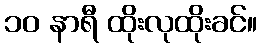
၁၀ နာရီ ထိုးလုထိုးခင်။